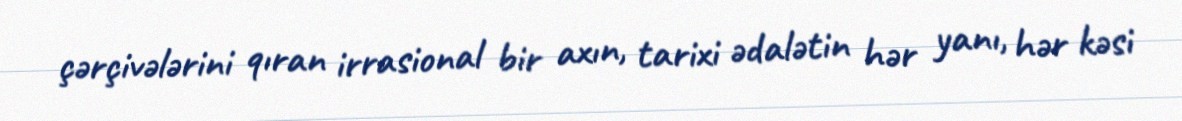
çərçivələrini qıran irrasional bir axın, tarixi ədalətin hər yanı, hər kəsi